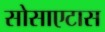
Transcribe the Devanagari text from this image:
सोसाएटास